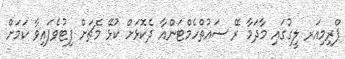
ޕްރިމިއަރ ލީގުގައި މާދަމާ ރޭ ސައުތްހެމްޓަންއާ ދެކޮޅަށް ކުޅޭ މެޗަށް ފިޓުވެފައިވާ ކަމަށް